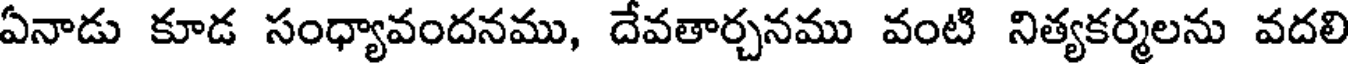
ఏనాడు కూడ సంధ్యావందనము, దేవతార్చనము వంటి నిత్యకర్మలను వదలి